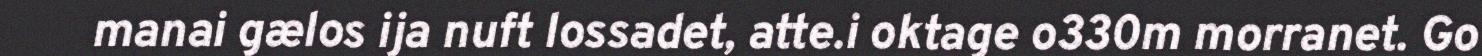
manai gælos ija nuft lossadet, atte.i oktage o330m morranet. Go